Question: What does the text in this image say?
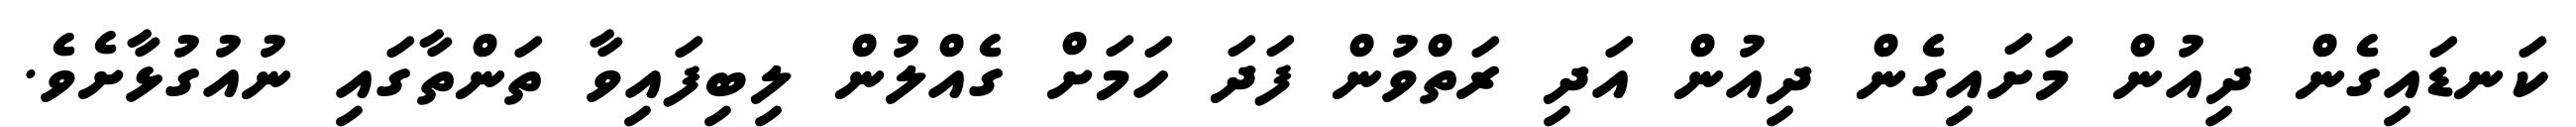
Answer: ކަނޑައިގެން ދިއުން މަށައިގެން ދިއުން އަދި ރަތްވުން ފަދަ ހަމަށް ގެއްލުން ލިބިފައިވާ ތަންތާގައި ނުއުގުޅާށެވެ.